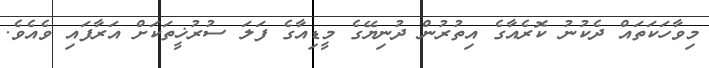
މިވާހަކަތައް ދެކުނު ކޮރެއާގެ އިތުރުން ދުނިޔޭގެ މީޑިއާގެ ފަލަ ސުރުޚީތަކަށް އަރާފައި ވެއެވެ.